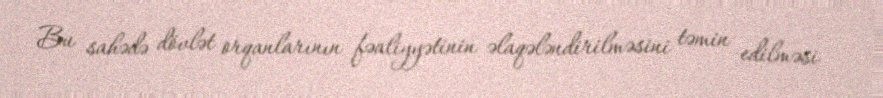
Bu sahədə dövlət orqanlarının fəaliyyətinin əlaqələndirilməsini təmin edilməsi